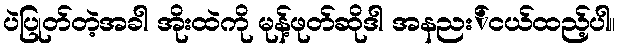
ပဲပြုတ်တဲ့အခါ အိုးထဲကို မုန့်ဖုတ်ဆိုဒါ အနညး်ငယ်ထည့်ပါ။